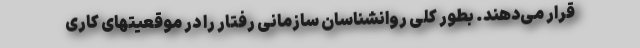
قرار می‌دهند. بطور کلی روانشناسان سازمانی رفتار را در موقعیتهای کاری